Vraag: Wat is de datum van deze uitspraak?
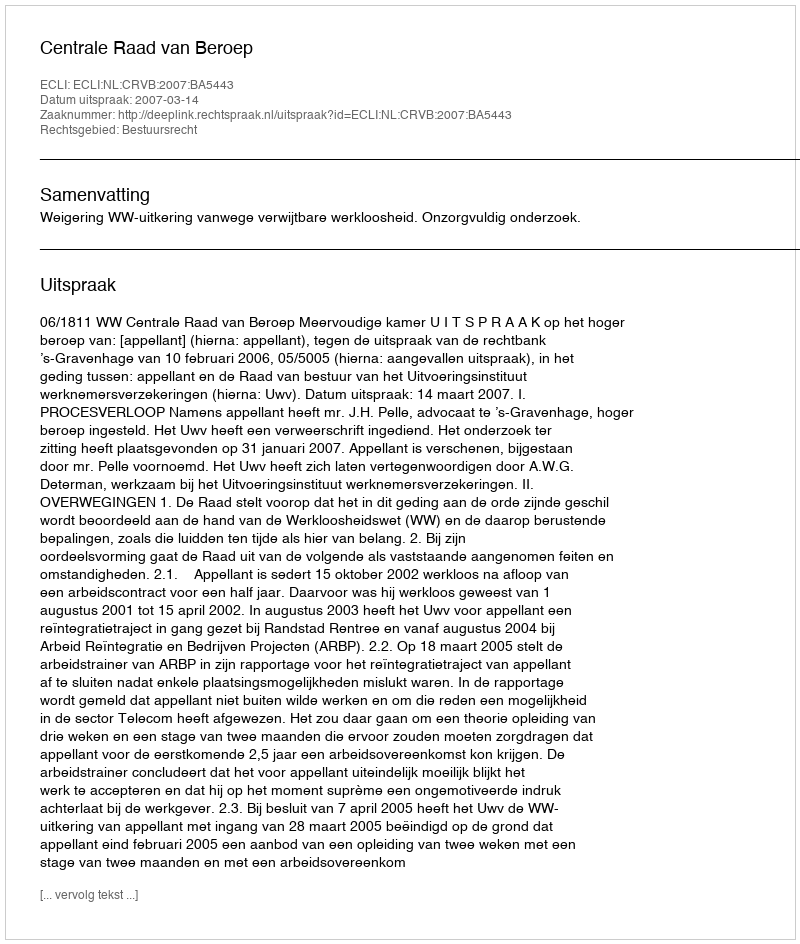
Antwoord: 2007-03-14